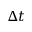
{ \Delta t }